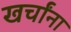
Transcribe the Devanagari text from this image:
खर्चांना